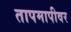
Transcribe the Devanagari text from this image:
तापमापीवर